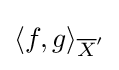
{\textstyle \langle f,g\rangle _{{\overline {X}}^{\prime }}}